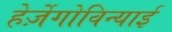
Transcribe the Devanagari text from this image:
हेर्ज़ेगोविन्याई